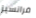
فرانسيز